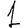
Digit: 1